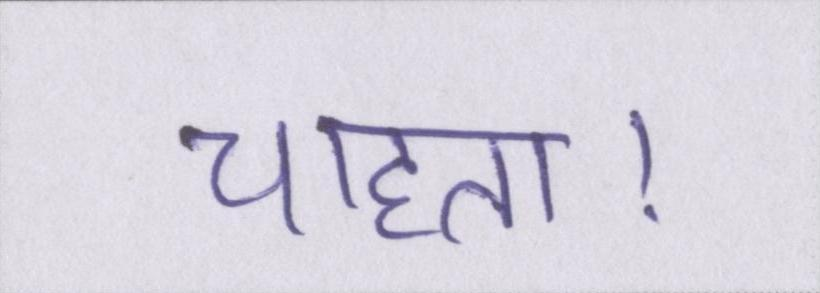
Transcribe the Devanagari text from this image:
चाहता।